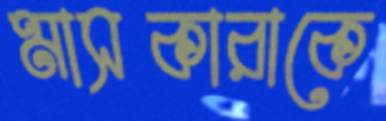
মাসকারাকে